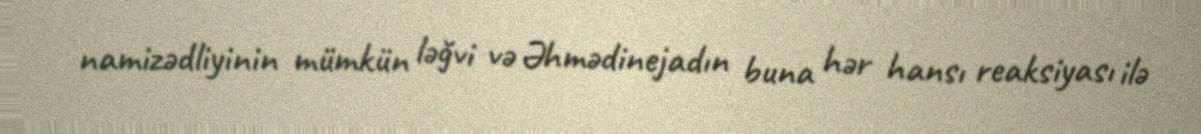
namizədliyinin mümkün ləğvi və Əhmədinejadın buna hər hansı reaksiyası ilə